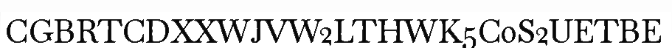
CGBRTCDXXWJVW2LTHWK5C0S2UETBE